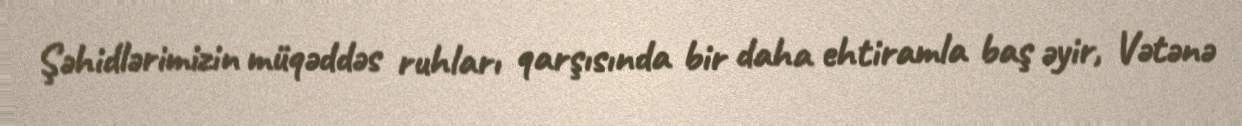
Şəhidlərimizin müqəddəs ruhları qarşısında bir daha ehtiramla baş əyir, Vətənə